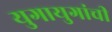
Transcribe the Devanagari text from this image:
युगायुगांची